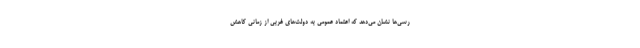
رسی‌ها نشان می‌دهد که اعتماد عمومی به دولت‌های غربی از زمانی کاهش